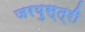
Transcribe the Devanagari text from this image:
जरयुस्त्री